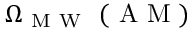
\Omega _ { \mathrm { ~ M ~ W ~ } } \mathrm { ~ ( ~ A ~ M ~ ) ~ }